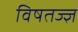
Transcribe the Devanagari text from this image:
विषतज्ज्ञ